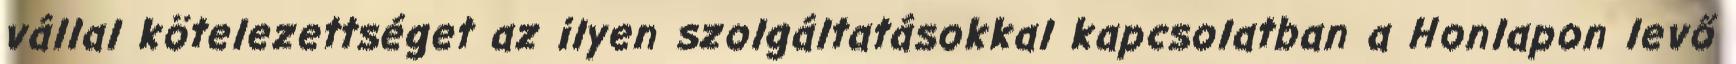
vállal kötelezettséget az ilyen szolgáltatásokkal kapcsolatban a Honlapon levő